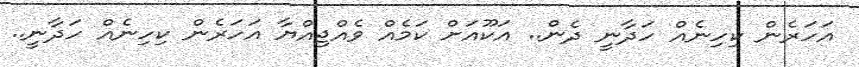
އަހަރެން ކިހިނެއް ހަދާނީ ދެން.. އަކޫއަށް ކަމެއް ވެއްޖިއްޔާ އަހަރެން ކިހިނެއް ހަދާނީ..